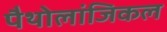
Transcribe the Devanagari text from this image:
पैथोलांजिकल